Annual report of the Punjab Veterinary College and of the Civil Veterinary Department, Punjab - 1926-1932
Year: 1926
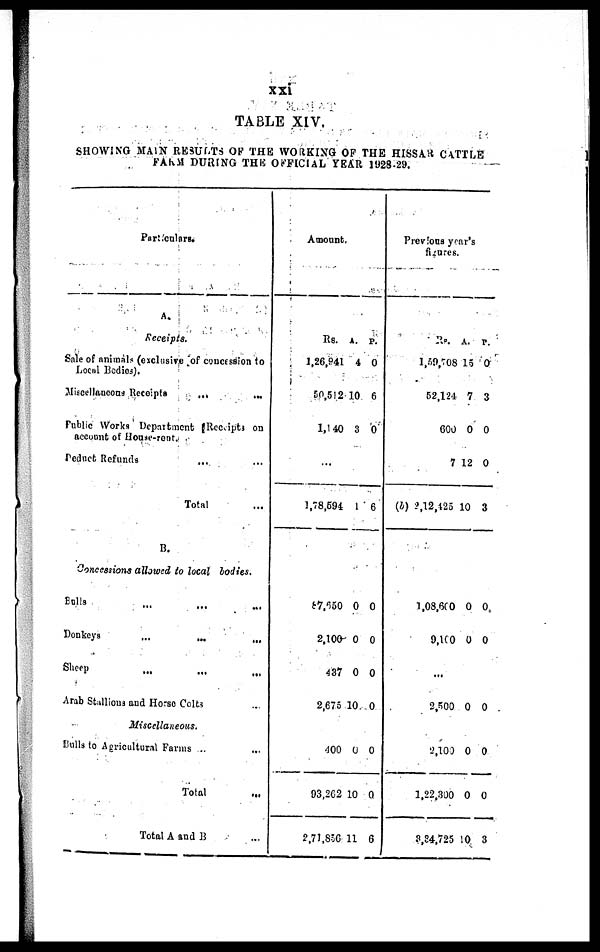
xxi
TABLE XIV.
SHOWING MAIN RESULTS OF THE WORKING OF THE HISSAR CATTLE
FARM DURING THE OFFICIAL YEAR 1928-29.
Particulars.
A.
Receipts.
Sale of animals (exclusive of concession to
Local Bodies).
Miscellaneous Receipts
...
...
Public Works Department Receipt on
account of House-rent.
Deduct Refunds ... ...
Total ...
B.
Concessions allowed to local bodies.
Bulls … … …
Donkeys
...
...
...
Sheep … … …
Arab Stallions and Horse Colts ...
Miscellaneous.
Bulls to Agricultural Farms .. ...
Total ...
Total A and B ...
Amount,
Rs.
1,26,941
50,512
1,140
...
1,78,594
87,650
2,100
437
2,675
400
93,262
2,71,856
A.
4
10
3
1
0
0
0
10
0
10
11
p.
0
6
0
6
0
0
0
0
0
0
6
Previous yea
figures.
r's
Rs.
1,59,708
52,124
600
7
(b) 2,12,425
1,08,600
9,100
...
2,500
2,100
1,22,300
3,34,725
A.
15
7
0
12
10
0
0
0
0
0
10
P.
0
3
0
0
3
0
0
0
0
0
3